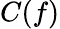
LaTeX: C(f)